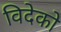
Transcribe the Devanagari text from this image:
विदेको